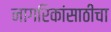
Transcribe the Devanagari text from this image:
नागरिकांसाठीचा